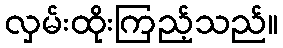
လှမ်းထိုးကြည့်သည်။